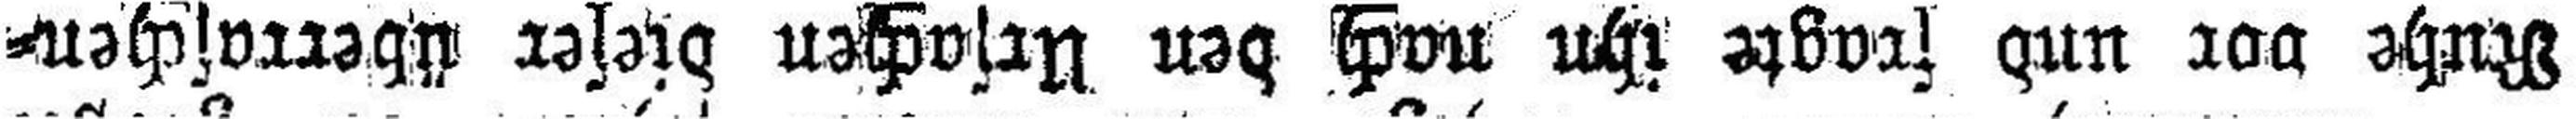
Ruhe vor und fragte ihm nach den Ursachen dieser überraschen¬